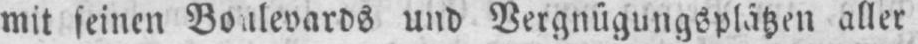
und Vergnügungsplätzen aller